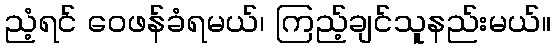
ညံ့ရင် ဝေဖန်ခံရမယ်၊ ကြည့်ချင်သူနည်းမယ်။